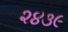
૨૪૩૯